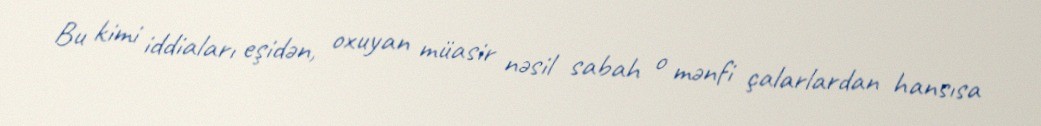
Bu kimi iddiaları eşidən, oxuyan müasir nəsil sabah o mənfi çalarlardan hansısa